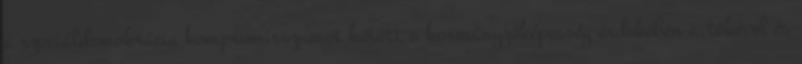
a szociáldemokrácia kompromisszumot kötött a kormányzóképesség érdekében a.tőkével és